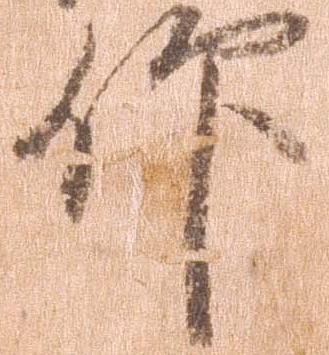
仰